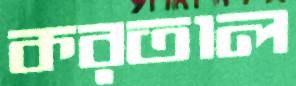
করতাল